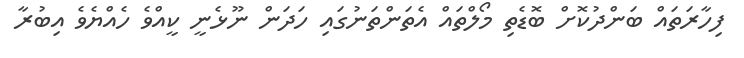
ފިހާރަތައް ބަންދުކޮށް ބޮޑެތި މޯލްތައް އެތަންތަނުގައި ހަދަން ނޫޅެނީ ކީއްވެ ހެއްޔެވެ އިބުރާ